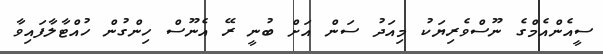
ސީއެންއެމްގެ ނޫސްވެރިޔަކު މިއަދު ސަން އަށް ބުނީ ރޭ އެނޫސް ހިންގުން ހުއްޓާލާފައިވާ